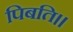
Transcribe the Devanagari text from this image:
पिबति।।